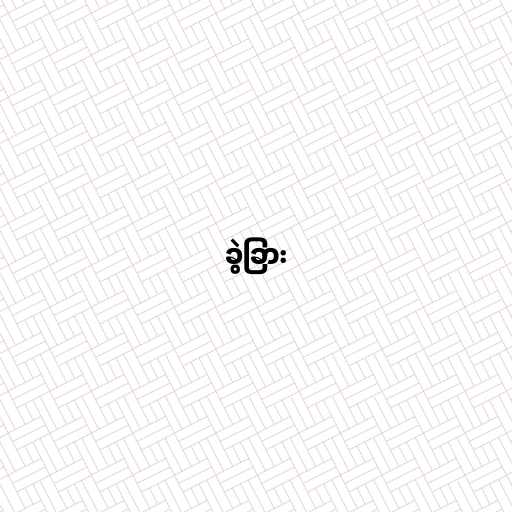
ခွဲခြား